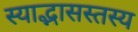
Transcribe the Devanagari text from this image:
स्याद्भासस्तस्य